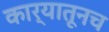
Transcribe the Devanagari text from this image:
कार्यातूनच